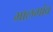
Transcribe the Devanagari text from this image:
भालगांव